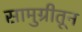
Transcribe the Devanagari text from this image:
सामुग्रीतून